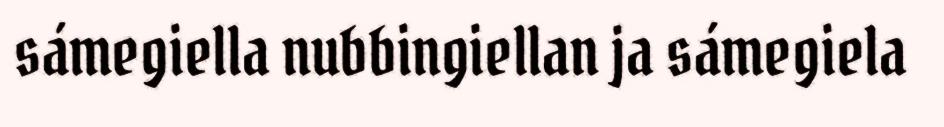
sámegiella nubbingiellan ja sámegiela